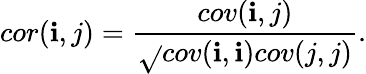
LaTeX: cor(\mathbf{i},j)=\frac{{cov(\mathbf{i},j)}}{{\sqrt{}{{cov(\mathbf{i},\mathbf{i})cov(j,j)}}}}.